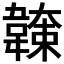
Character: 𩏖